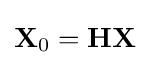
{\textbf {X}}_{0}={\textbf {H}}{\textbf {X}}